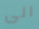
الى